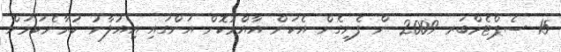
15 ސެޕްޓެމްބަރ 2009 ން ފެށިގެން އެކަން އާއްމުކޮށް އަންގައި އިއުލާނު ކުރާނެކަމަށް